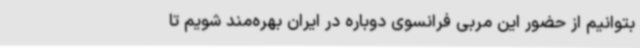
بتوانیم از حضور این مربی فرانسوی دوباره در ایران بهره‌مند شویم تا